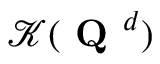
\mathcal { K } ( \textbf { Q } ^ { d } )